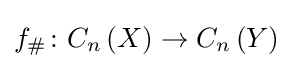
f_{\#}\colon C_{n}\left(X\right)\rightarrow C_{n}\left(Y\right)